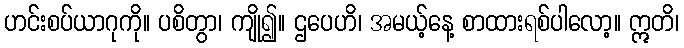
ဟင်းစပ်ယာဂုကို။ ပစိတွာ၊ ကျို၍။ ဌပေဟိ၊ အမယ့်နေ့ စာထားရစ်ပါလော့။ ဣတိ၊